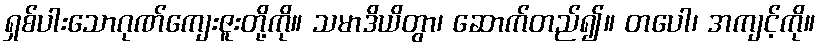
ရှစ်ပါးသောဂုဏ်ကျေးဇူးတို့ကို။ သမာဒိယိတွာ၊ ဆောက်တည်၍။ တပေါ၊ အကျင့်ကို။